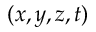
( x , y , z , t )